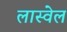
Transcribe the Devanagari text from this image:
लास्वेल